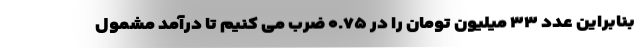
بنابراین عدد ۳۳ میلیون تومان را در ۰.۷۵ ضرب می کنیم تا درآمد مشمول